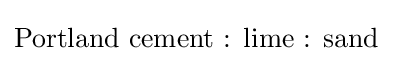
{\text{Portland cement : lime : sand}}